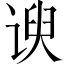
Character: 谀